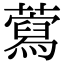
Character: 藛